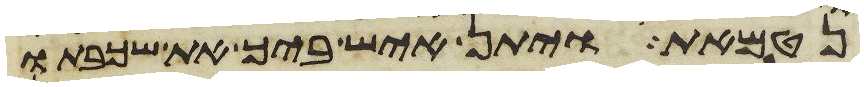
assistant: נטמאת ויתן איש ביך את שכבתו